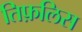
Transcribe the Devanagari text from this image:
तिफ़लिस